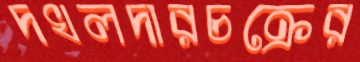
দখলদারচক্রের